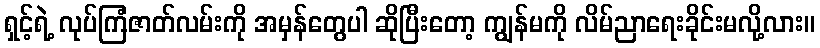
ရှင့်ရဲ့ လုပ်ကြံဇာတ်လမ်းကို အမှန်တွေပါ ဆိုပြီးတော့ ကျွန်မကို လိမ်ညာရေးခိုင်းမလို့လား။